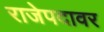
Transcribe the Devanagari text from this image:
राजेपदावर